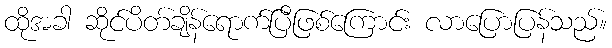
ထိုအခါ ဆိုင်ပိတ်ချိန်ရောက်ပြီဖြစ်ကြောင်း လာပြောပြန်သည်။